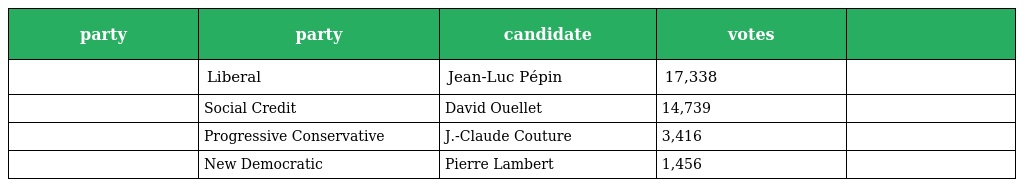
| party | party | candidate | votes |  |
 | --- | --- | --- | --- | --- |
 |  | Liberal | Jean-Luc Pépin | 17,338 |  |
 |  | Social Credit | David Ouellet | 14,739 |  |
 |  | Progressive Conservative | J.-Claude Couture | 3,416 |  |
 |  | New Democratic | Pierre Lambert | 1,456 |  |